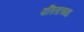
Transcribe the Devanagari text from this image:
पतिताच्या